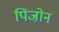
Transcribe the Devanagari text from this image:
पिंजो़न